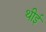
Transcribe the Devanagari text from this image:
थीई